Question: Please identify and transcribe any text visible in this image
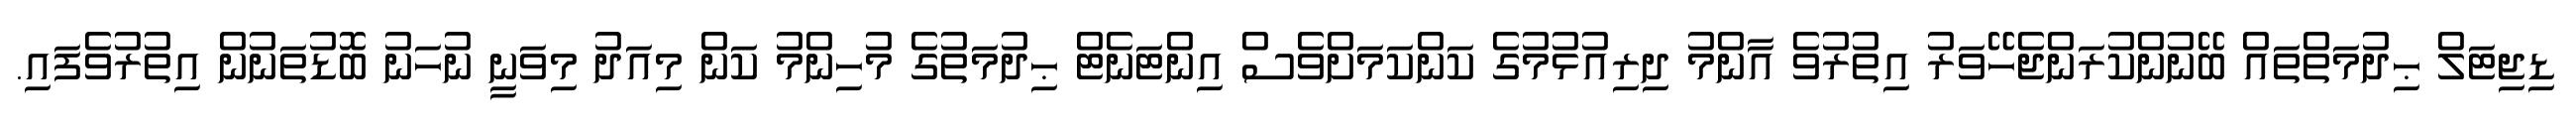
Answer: ޑިޖިޓަލް ޙިދުމަތްތައް ބޭނުންކުރަންޖެހޭވަރު އިތުރުވެ އާންމު ދިރިއުޅުމުގެ ކަންކަމަށްވެސް އިންޓަނެޓް ޙިދުމަތުގެ މުހިންމު ކަން މިއަދު މިވަނީ ނުހަނު ބޮޑުތަނުން އިތުރުވެފައި.